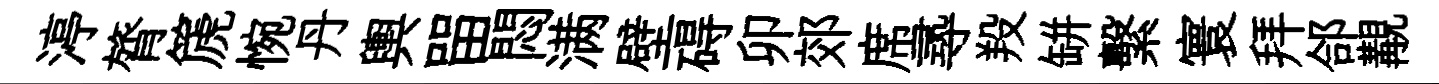
渟膂篪惋丹輿㽞悶满壁碍卯郊席𡬶羖缾繫寰拜郃覯